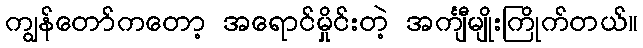
ကျွန်တော်ကတော့ အရောင်မှိုင်းတဲ့ အင်္ကျီမျိုးကြိုက်တယ်။